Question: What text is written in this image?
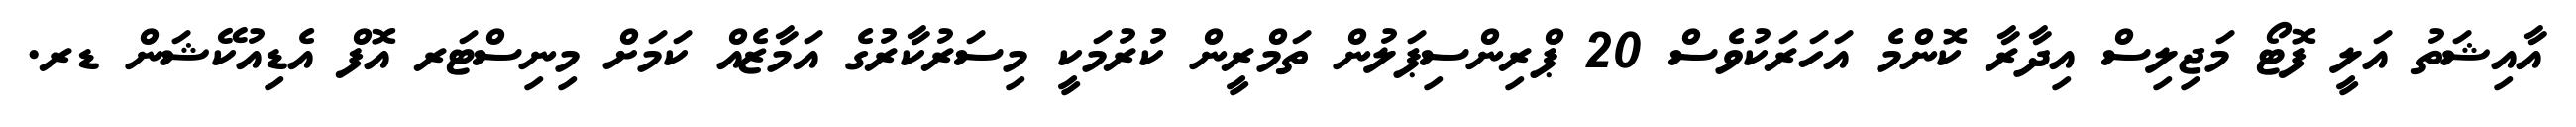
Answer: އާއިޝަތު އަލީ ފޮޓޯ މަޖިލިސް އިދާރާ ކޮންމެ އަހަރަކުވެސް 20 ޕްރިންސިޕަލުން ތަމްރީން ކުރުމަކީ މިސަރުކާރުގެ އަމާޒެއް ކަމަށް މިނިސްޓަރ އޮފް އެޑިއުކޭޝަން ޑރ.